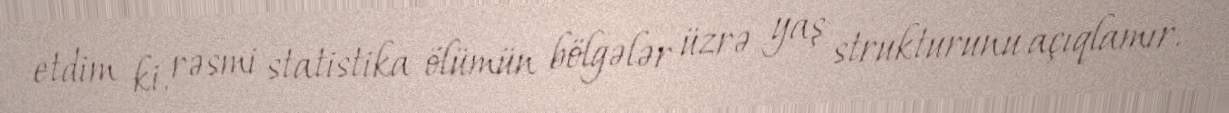
etdim ki, rəsmi statistika ölümün bölgələr üzrə yaş strukturunu açıqlamır.